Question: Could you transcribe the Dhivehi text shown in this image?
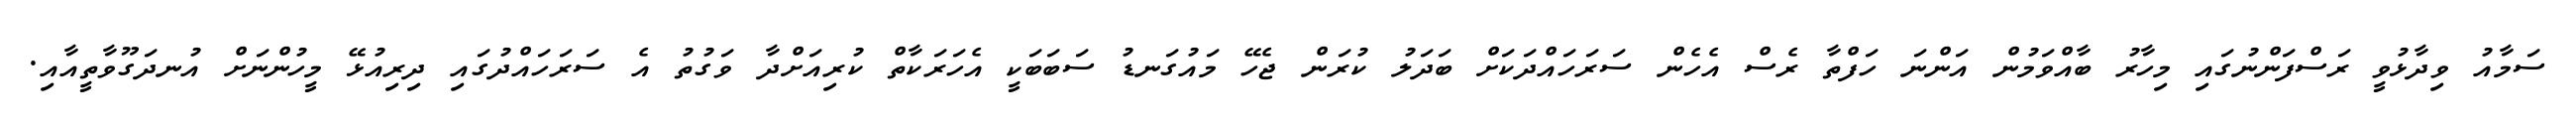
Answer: ސަމާއު ވިދާޅުވީ ރަސްފަންނުގައި މިހާރު ބާއްވަމުން އަންނަ ހަފްތާ ރެސް އެހެން ސަރަހައްދަކަށް ބަދަލު ކުރަން ޖެހޭ މައުގަނޑު ސަބަބަކީ އެހަރަކާތް ކުރިއަށްދާ ވަގުތު އެ ސަރަހައްދުގައި ދިރިއުޅޭ މީހުންނަށް އުނދަގޫވާތީއާއި.